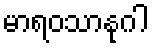
မာရဝသာနုဂါ